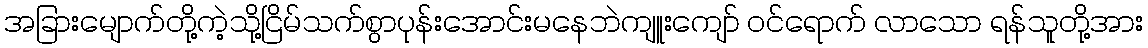
အခြားမျောက်တို့ကဲ့သို့ငြိမ်သက်စွာပုန်းအောင်းမနေဘဲကျူးကျော် ဝင်ရောက် လာသော ရန်သူတို့အား